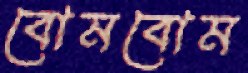
বোমবোম